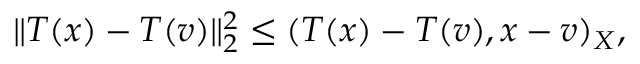
\| T ( x ) - T ( v ) \| _ { 2 } ^ { 2 } \leq ( T ( x ) - T ( v ) , x - v ) _ { X } ,